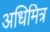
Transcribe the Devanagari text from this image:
अधिमित्र